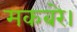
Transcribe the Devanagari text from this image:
मकबरे।